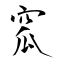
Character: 窊